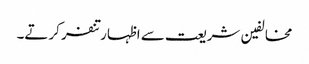
مخالفین شریعت سے اظہار تنفر کرتے۔